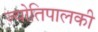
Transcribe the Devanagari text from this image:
ज्योतिपालकी